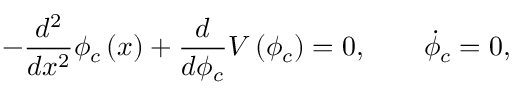
- \frac { d ^ { 2 } } { d x ^ { 2 } } \phi _ { c } \left( x \right) + \frac { d } { d \phi _ { c } } V \left( \phi _ { c } \right) = 0 , \qquad \dot { \phi } _ { c } = 0 ,